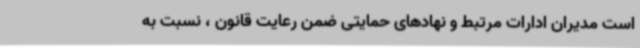
است مدیران ادارات مرتبط و نهادهای حمایتی ضمن رعایت قانون ، نسبت به